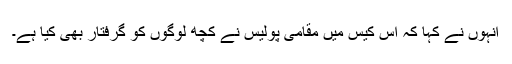
انہوں نے کہا کہ اس کیس میں مقامی پولیس نے کچھ لوگوں کو گرفتار بھی کیا ہے۔